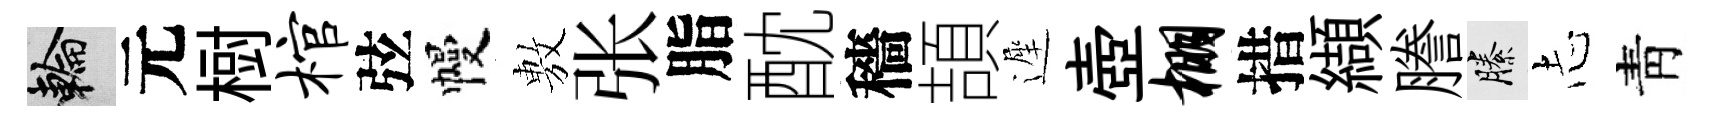
輪元𣗳棺弦幔𢾾张脂酖穡頡遲壺棚措纈謄縢𢖽靑